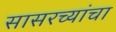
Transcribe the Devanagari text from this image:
सासरच्यांचा